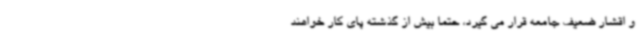
و اقشار ضعیف جامعه قرار می گیرد، حتماً بیش از گذشته پای کار خواهند